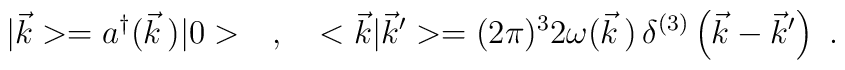
|\vec{k}>=a^\dagger(\vec{k}\,)|0>\ \ \ ,\ \ \ <\vec{k}|\vec{k}'>=(2\pi)^32\omega(\vec{k}\,)\,\delta^{(3)}\left(\vec{k}-\vec{k}'\right)\ .